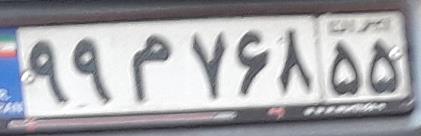
۹۹م۷۶۸۵۵